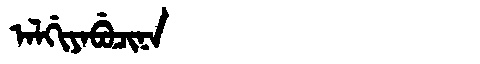
Manchu: ᠠᠯᡤᡳᠶᠠᠪᡠᠴᡳᠨᠠ
Romanization: ALGIYABUCINA